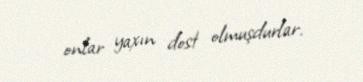
onlar yaxın dost olmuşdurlar.